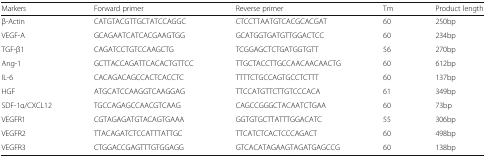
<table><thead><tr><td><b>Markers</b></td><td><b>Forward primer</b></td><td><b>Reverse primer</b></td><td><b>Tm</b></td><td><b>Product length</b></td></tr></thead><tbody><tr><td>β-Actin</td><td>CATGTACGTTGCTATCCAGGC</td><td>CTCCTTAATGTCACGCACGAT</td><td>60</td><td>250bp</td></tr><tr><td>VEGF-A</td><td>GCAGAATCATCACGAAGTGG</td><td>GCATGGTGATGTTGGACTCC</td><td>60</td><td>234bp</td></tr><tr><td>TGF-β1</td><td>CAGATCCTGTCCAAGCTG</td><td>TCGGAGCTCTGATGGTGTT</td><td>56</td><td>270bp</td></tr><tr><td>Ang-1</td><td>GCTTACCAGATTCACACTGTTCC</td><td>TTGCTACCTTGCCAACAACAACTG</td><td>60</td><td>612bp</td></tr><tr><td>IL-6</td><td>CACAGACAGCCACTCACCTC</td><td>TTTTCTGCCAGTGCCTCTTT</td><td>60</td><td>137bp</td></tr><tr><td>HGF</td><td>ATGCATCCAAGGTCAAGGAG</td><td>TTCCATGTTCTTGTCCCACA</td><td>61</td><td>349bp</td></tr><tr><td>SDF-1α/CXCL12</td><td>TGCCAGAGCCAACGTCAAG</td><td>CAGCCGGGCTACAATCTGAA</td><td>60</td><td>73bp</td></tr><tr><td>VEGFR1</td><td>CGTAGAGATGTACAGTGAAA</td><td>GGTGTGCTTATTTGGACATC</td><td>55</td><td>306bp</td></tr><tr><td>VEGFR2</td><td>TTACAGATCTCCATTTATTGC</td><td>TTCATCTCACTCCCAGACT</td><td>60</td><td>498bp</td></tr><tr><td>VEGFR3</td><td>CTGGACCGAGTTTGTGGAGG</td><td>GTCACATAGAAGTAGATGAGCCG</td><td>60</td><td>138bp</td></tr></tbody></table>